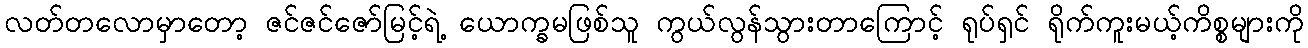
လတ်တလောမှာတော့ ဇင်ဇင်ဇော်မြင့်ရဲ့ ယောက္ခမဖြစ်သူ ကွယ်လွန်သွားတာကြောင့် ရုပ်ရှင် ရိုက်ကူးမယ့်ကိစ္စများကို